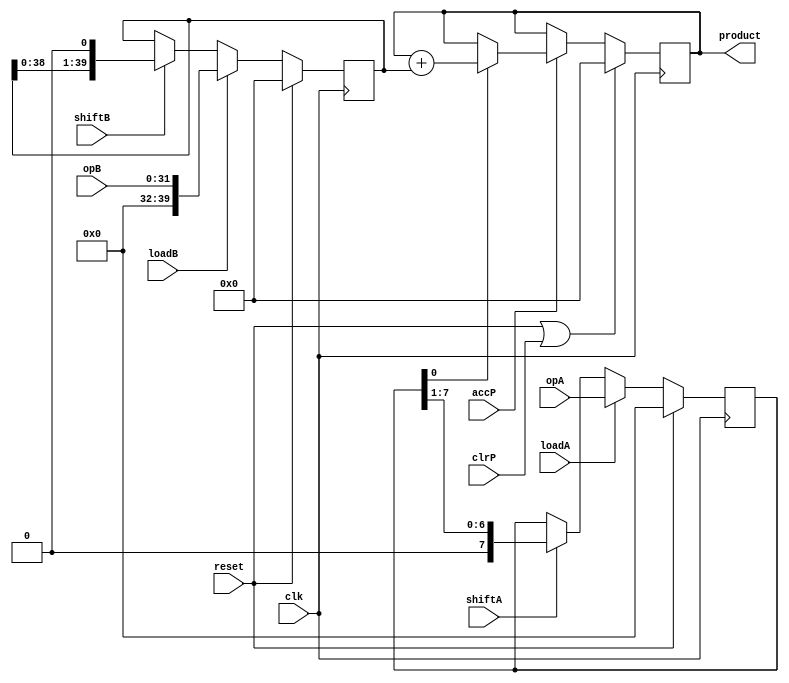
module IterIntMul_datapath(
	input [31:0] opB,
	input [7:0] opA,
	output [39:0] product,
	input clk,
	input reset,
	input shiftA,
	input loadA,
	input accP,
	input clrP,
	input shiftB,
	input loadB
);
	// shift reg A (>>)
	reg [7:0] regA;
	always @(posedge clk) begin
		if (reset == 1'b1)
			regA <= 8'd0;
		else if (loadA == 1'b1)
			regA <= opA;
		else if (shiftA == 1'b1)
			regA <= regA >> 1;
		else
			regA <= regA;
	end
	
	// shift reg B (<<)
	reg [39:0] regB;
	always @(posedge clk) begin
		if (reset == 1'b1)
			regB <= 40'd0;
		else if (loadB == 1'b1)
			regB <= opB;
		else if (shiftB == 1'b1)
			regB <= regB << 1;
		else
			regB <= regB;
	end
	
	// accumulative reg P
	reg [39:0] regP;
	always @(posedge clk) begin
		if (reset == 1'b1 || clrP == 1'b1)
			regP <= 40'd0;
		else if (accP == 1'b1)
				if (regA[0] == 1'b1)
					regP <= regP + regB;
				else
					regP <= regP;
		else
			regP <= regP;
	end
	assign product = regP;
endmodule